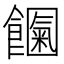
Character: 𩟍